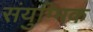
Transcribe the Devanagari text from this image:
संयुग्मिक